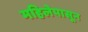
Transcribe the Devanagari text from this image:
महिलेपासून